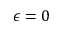
\epsilon = 0